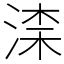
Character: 𣸑